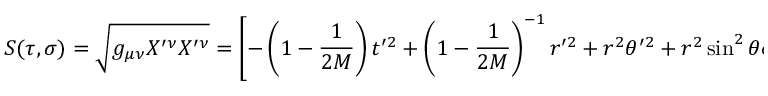
S ( \tau , \sigma ) = \sqrt { g _ { \mu \nu } X ^ { \prime \nu } X ^ { \prime \nu } } = \left[ - \left( 1 - \frac { 1 } { 2 M } \right) t ^ { \prime 2 } + \left( 1 - \frac { 1 } { 2 M } \right) ^ { - 1 } r ^ { \prime 2 } + r ^ { 2 } \theta ^ { \prime 2 } + r ^ { 2 } \sin ^ { 2 } { \theta } \varphi ^ { \prime 2 } \right] ^ { 1 / 2 } .